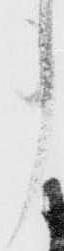
事